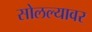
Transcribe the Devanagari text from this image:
सोलल्यावर